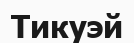
Тикуэй